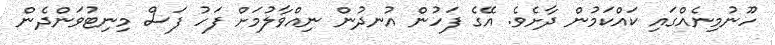
ހޫނުމިނެއްގައި ކައްކަމުން ދާށެވެ. އޭގެ ފަހުން އުނދުން ނިއްވާލުމަށް ފަހު ފަސް މިނިޓުވަންދެން